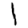
Digit: 1